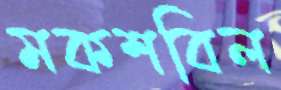
মকশবিল